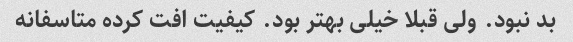
بد نبود. ولی قبلا خیلی بهتر بود. کیفیت افت کرده متاسفانه